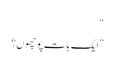
“
”ایک بات پوچھوں؟